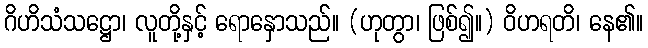
ဂိဟိသံသဋ္ဌော၊ လူတို့နှင့် ရောနှောသည်။ (ဟုတွာ၊ ဖြစ်၍။) ဝိဟရတိ၊ နေ၏။